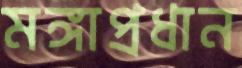
মঙ্গাপ্রধান